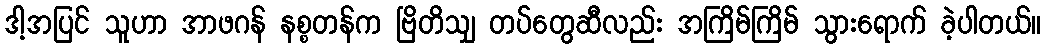
ဒါ့အပြင် သူဟာ အာဖဂန် နစ္စတန်က ဗြိတိသျှ တပ်တွေဆီလည်း အကြိမ်ကြိမ် သွားရောက် ခဲ့ပါတယ်။